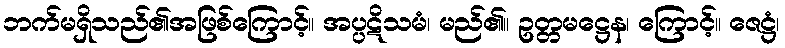
ဘက်မရှိသည်၏အဖြစ်ကြောင့်။ အပ္ပဋိသမံ၊ မည်၏။ ဥတ္တမဋ္ဌေန၊ ကြောင့်။ ဇေဋ္ဌံ၊